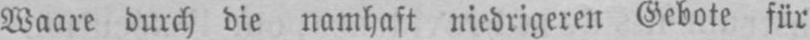
Waare durch die namhaft niedrigeren Gebote für